Report on vaccination in Madras 1895-1903 - 1895-1903
Year: 1895
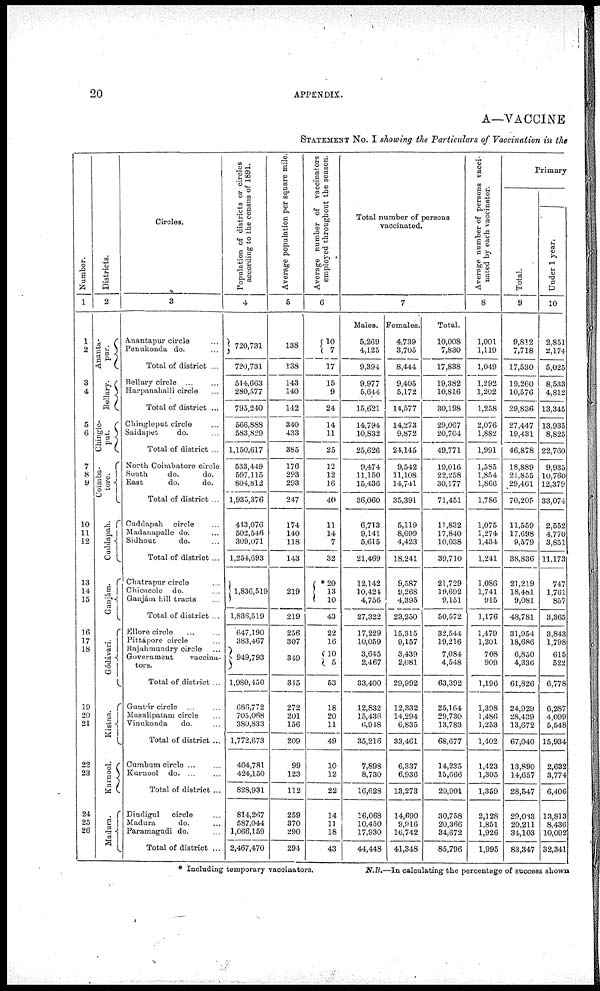
20
APPENDIX.
A—VACCINE
STATEMENT No. I showing the Particulars of Vaccination in the
Number.
1
1
2
3
4
5
6
7
8
9
10
11 12
13
14
15
16
17
18
19
20
21
22
23
24
25
26
Districts.
2
Ananta-
pur.
Bellary.
Chingle-
put.
Coimba-
tore.
Cuddapah.
Ganjám.
Gódávari.
Kistna.
Kurnool.
Madura.
Circles.
3
Anantapur circle ...
Penukonda do. ...
Total of district ...
Bellary circle ... ...
Harpanahalli circle ...
Total of district ...
Chingleput circle ...
Saidapet
do. ...
Total of district ...
North Coimbatore circle
South
do.
do.
East
do.
do.
Total of district ...
Cuddapah circle ...
Madanapalle do. ...
Sidhout
do. ...
Total of district ...
Chatrapur circle ...
Chicacole do. ...
Ganjám hill tracts ...
Total of district ...
Ellore circle ... ...
Pittápore circle ...
Rajahmundry circle
...
Government vaccina-
tors.
Total of district ...
Guntúr circle ... ...
Masulipatam circle ...
Vinukonda
do. ...
Total of district ...
Cumbum circle ... ...
Kurnool do. ... ...
Total of district ...
Dindigul
circle ...
Madura
do. ...
Paramagudi do. ...
Total of district ...
Population of districts or circles
according to the census of 1891.
4
720,731
720,731
514,663
280,577
795,240
566,888
583,829
1,150,617
533,449
597,115
804,812
1,935,376
413,076
502,546
309,071
1,254,693
1,836,519
1,836,519
647,190
383,467
949,793
1,980,450
686,772
705,068
380,833
1,772,673
404,781
424,150
828,931
814,267
587,044
1,066,159
2,467,470
Average population per square mile.
5
138
138
143
140
142
340
433
385
176
293
293
247
174
140
118
143
219
219
256
307
349
345
272
201
156
209
99
123
112
259
370
290
294
Average number of vaccinators
employed throughout the season.
6
10
7
17
15
9
24
14
11
25
12
12
16
40
11
14
7
32
*20
13
10
43
22
16
10
5
53
18
20
11
49
10
12
22
14
11
18
43
Total number of persons
vaccinated.
7
Males.
5,269
4,125
9,394
9,977
5,644
15,621
14,794
10,832
25,626
9,474
11,150
15,436
36,060
6,713
9,141
5,615
21,469
12,142
10,424
4,756
27,322
17,229
10,059
3,645
2,467
33,400
12,832
15,436
6,948
35,216
7,898
8,730
16,628
16,068
10,450
17,930
44,448
Females.
4,739
3,705
8,444
9,405
5,172
14,577
14,273
9,872
24,145
9,542
11,108
14,741
35,391
5,119
8,699
4,423
18,241
9,587
9,268
4,395
23,250
15,315
9,157
3,439
2,081
29,992
12,332
14,294
6,835
33,461
6,337
6,936
13,273
14,690
9,916
16,742
41,348
Total.
10,008
7,830
17,838
19,382
10,816
30,198
29,067
20,704
49,771
19,016
22,258
30,177
71,451
11,832
17,840
10,038
39,710
21,729
19,692
9,151
50,572
32,544
19,216
7,084
4,548
63,392
25,164
29,730
13,783
68,677
14,235
15,666
29,901
30,758
20,366
34,672
85,796
Average number of persons vacci-
nated by each vaccinator.
8
1,001
1,119
1,049
1,292
1,202
1,258
2,076
1,882
1,991
1,585
1,854
1,866
1,786
1,075
1,274
1,434
1,241
1,086
1,741
915
1,176
1,479
1,201
708
909
1,196
1,398
1,486
1,253
1,402
1,423
1,305
1,359
2,128
1,851
1,926
1,995
Primary
Total.
9
9,812
7,718
17,530
19,260
10,576
29,836
27,447
19,431
46,878
18,889
21,855
29,461
70,205
11,559
17,698
9,579
38,836
21,219
18,481
9,081
48,781
31,954
18,686
6,850
4,336
61,826
24,929
28,439
13,672
67,040
13,890
14,657
28,547
29,033
20,211
34,103
83,347
Under 1 year.
10
2,851
2,174
5,025
8,533
4,812
13,345
13,935
8,825
22,760
9,935
10,760
12,379
33,074
2,552
4,770
3,851
11,173
747
1,761
857
3,365
3,843
1,798
615
522
6,778
6,287
4,099
5,548
15,934
2,632
3,774
6,406
13,813
8,436
10,092
32,341
* Including temporary vaccinators.
N.B.—In calculating the percentage of success shown